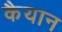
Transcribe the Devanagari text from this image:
कैयान